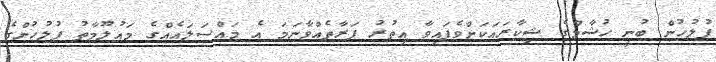
ފުލުހުން ބުނީ ހުޝާމްގެ ޝިކާރައަކަށްވެފައިވާ އިތުރު ފަރާތެއްވާނަމަ އެ މައްސަލައެއްގެ މައުލޫމާތު ފުލުހުންގެ